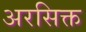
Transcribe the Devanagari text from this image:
अरसिक्त